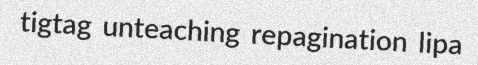
tigtag unteaching repagination lipa